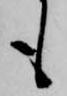
も